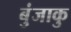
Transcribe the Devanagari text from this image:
बुंजाकु